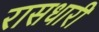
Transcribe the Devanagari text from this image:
रासधारी